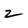
Character: 2